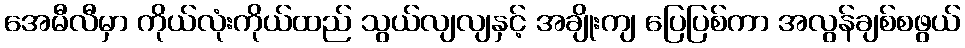
အေမီလီမှာ ကိုယ်လုံးကိုယ်ထည် သွယ်လျလျနှင့် အချိုးကျ ပြေပြစ်ကာ အလွန်ချစ်စဖွယ်